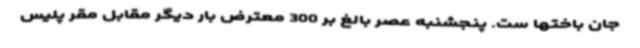
جان باختها ست. پنجشنبه عصر بالغ بر 300 معترض بار دیگر مقابل مقر پلیس